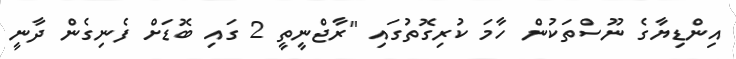
އިންޑިޔާގެ ނޫސްތަކުން ހާމަ ކުރިގޮތުގައި "ރާޖްނީތީ 2 ގައި ބޮޑަށް ފެނިގެން ދާނީ